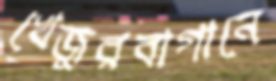
খেজুরবাগানে